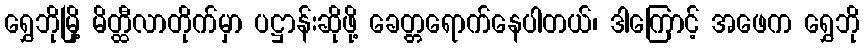
ရွှေဘိုမြို့ မိတ္ထီလာတိုက်မှာ ပဋ္ဌာန်းဆိုဖို့ ခေတ္တရောက်နေပါတယ်၊ ဒါကြောင့် အဖေက ရွှေဘို